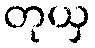
တုယှ